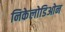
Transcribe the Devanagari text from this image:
निकेलोडिओन